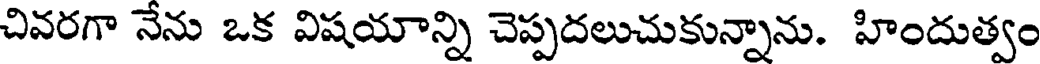
చివరగా నేను ఒక విషయాన్ని చెప్పదలుచుకున్నాను. హిందుత్వం